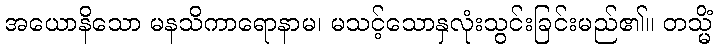
အယောနိသော မနသိကာရောနာမ၊ မသင့်သောနှလုံးသွင်းခြင်းမည်၏။ တသ္မိံ